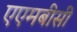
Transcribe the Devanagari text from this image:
एएमबीसी